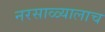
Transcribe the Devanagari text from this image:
नरसाळ्यालाच